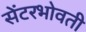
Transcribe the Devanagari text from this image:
सेंटरभोवती